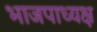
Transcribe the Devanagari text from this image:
भाजपाध्यक्ष